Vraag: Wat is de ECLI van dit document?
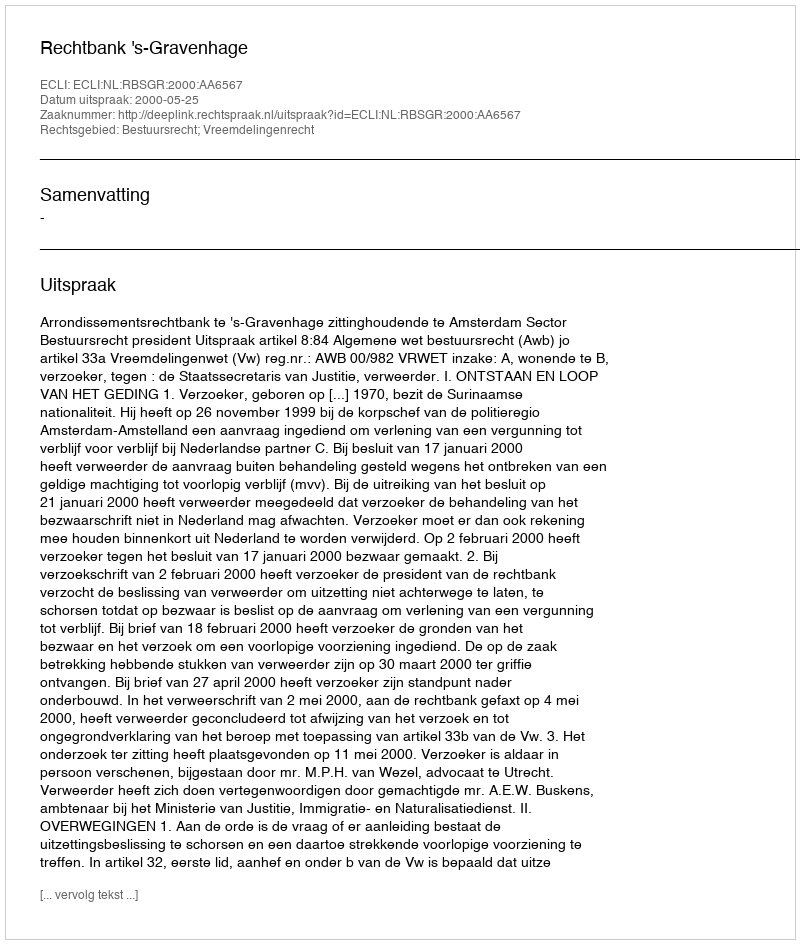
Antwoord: ECLI:NL:RBSGR:2000:AA6567